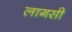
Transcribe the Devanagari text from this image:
लागसी